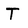
Character: T